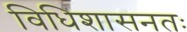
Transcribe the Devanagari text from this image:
विधिशासनतः